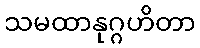
သမထာနုဂ္ဂဟိတာ